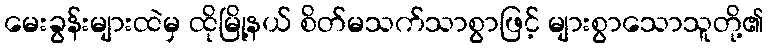
မေးခွန်းများထဲမှ ထိုမြို့နယ် စိတ်မသက်သာစွာဖြင့် များစွာသောသူတို့၏